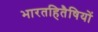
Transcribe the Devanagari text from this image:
भारतहितैषियों